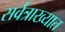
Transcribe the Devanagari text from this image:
सर्वत्राख्यात